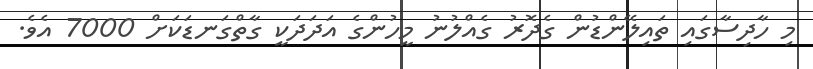
މި ހާދިސާގައި ތައިލޭންޑުން ގެދޮރު ގެއްލުނު މީހުންގެ އަދަދަކީ ގާތްގަނޑަކަށް 7000 އެވެ.